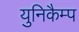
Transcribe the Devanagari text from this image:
युनिकैम्प